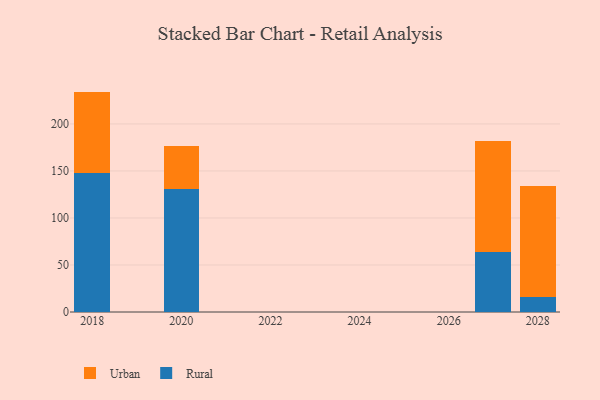
{"axis": {"x": "Year", "y": "Latency (ms)"}, "legend": ["Rural", "Urban"], "data": [{"x": "2018", "y": 147.9, "type": "Rural"}, {"x": "2018", "y": 86.5, "type": "Urban"}, {"x": "2020", "y": 130.6, "type": "Rural"}, {"x": "2020", "y": 45.7, "type": "Urban"}, {"x": "2027", "y": 64.3, "type": "Rural"}, {"x": "2027", "y": 117.1, "type": "Urban"}, {"x": "2028", "y": 15.8, "type": "Rural"}, {"x": "2028", "y": 117.7, "type": "Urban"}]}